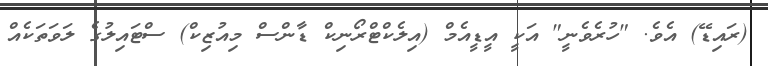
(ރައިޑޭ) އެވެ. "ހުރެވެނީ" އަކީ އީޑީއެމް (އިލެކްޓްރޯނިކް ޑާންސް މިއުޒިކް) ސްޓައިލުގެ ލަވަތަކެއް